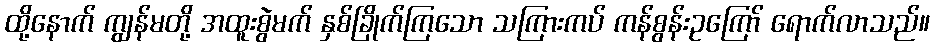
ထို့နောက် ကျွန်မတို့ အထူးစွဲမက် နှစ်ခြိုက်ကြသော သကြားကပ် ကန်စွန်းဥကြော် ရောက်လာသည်။